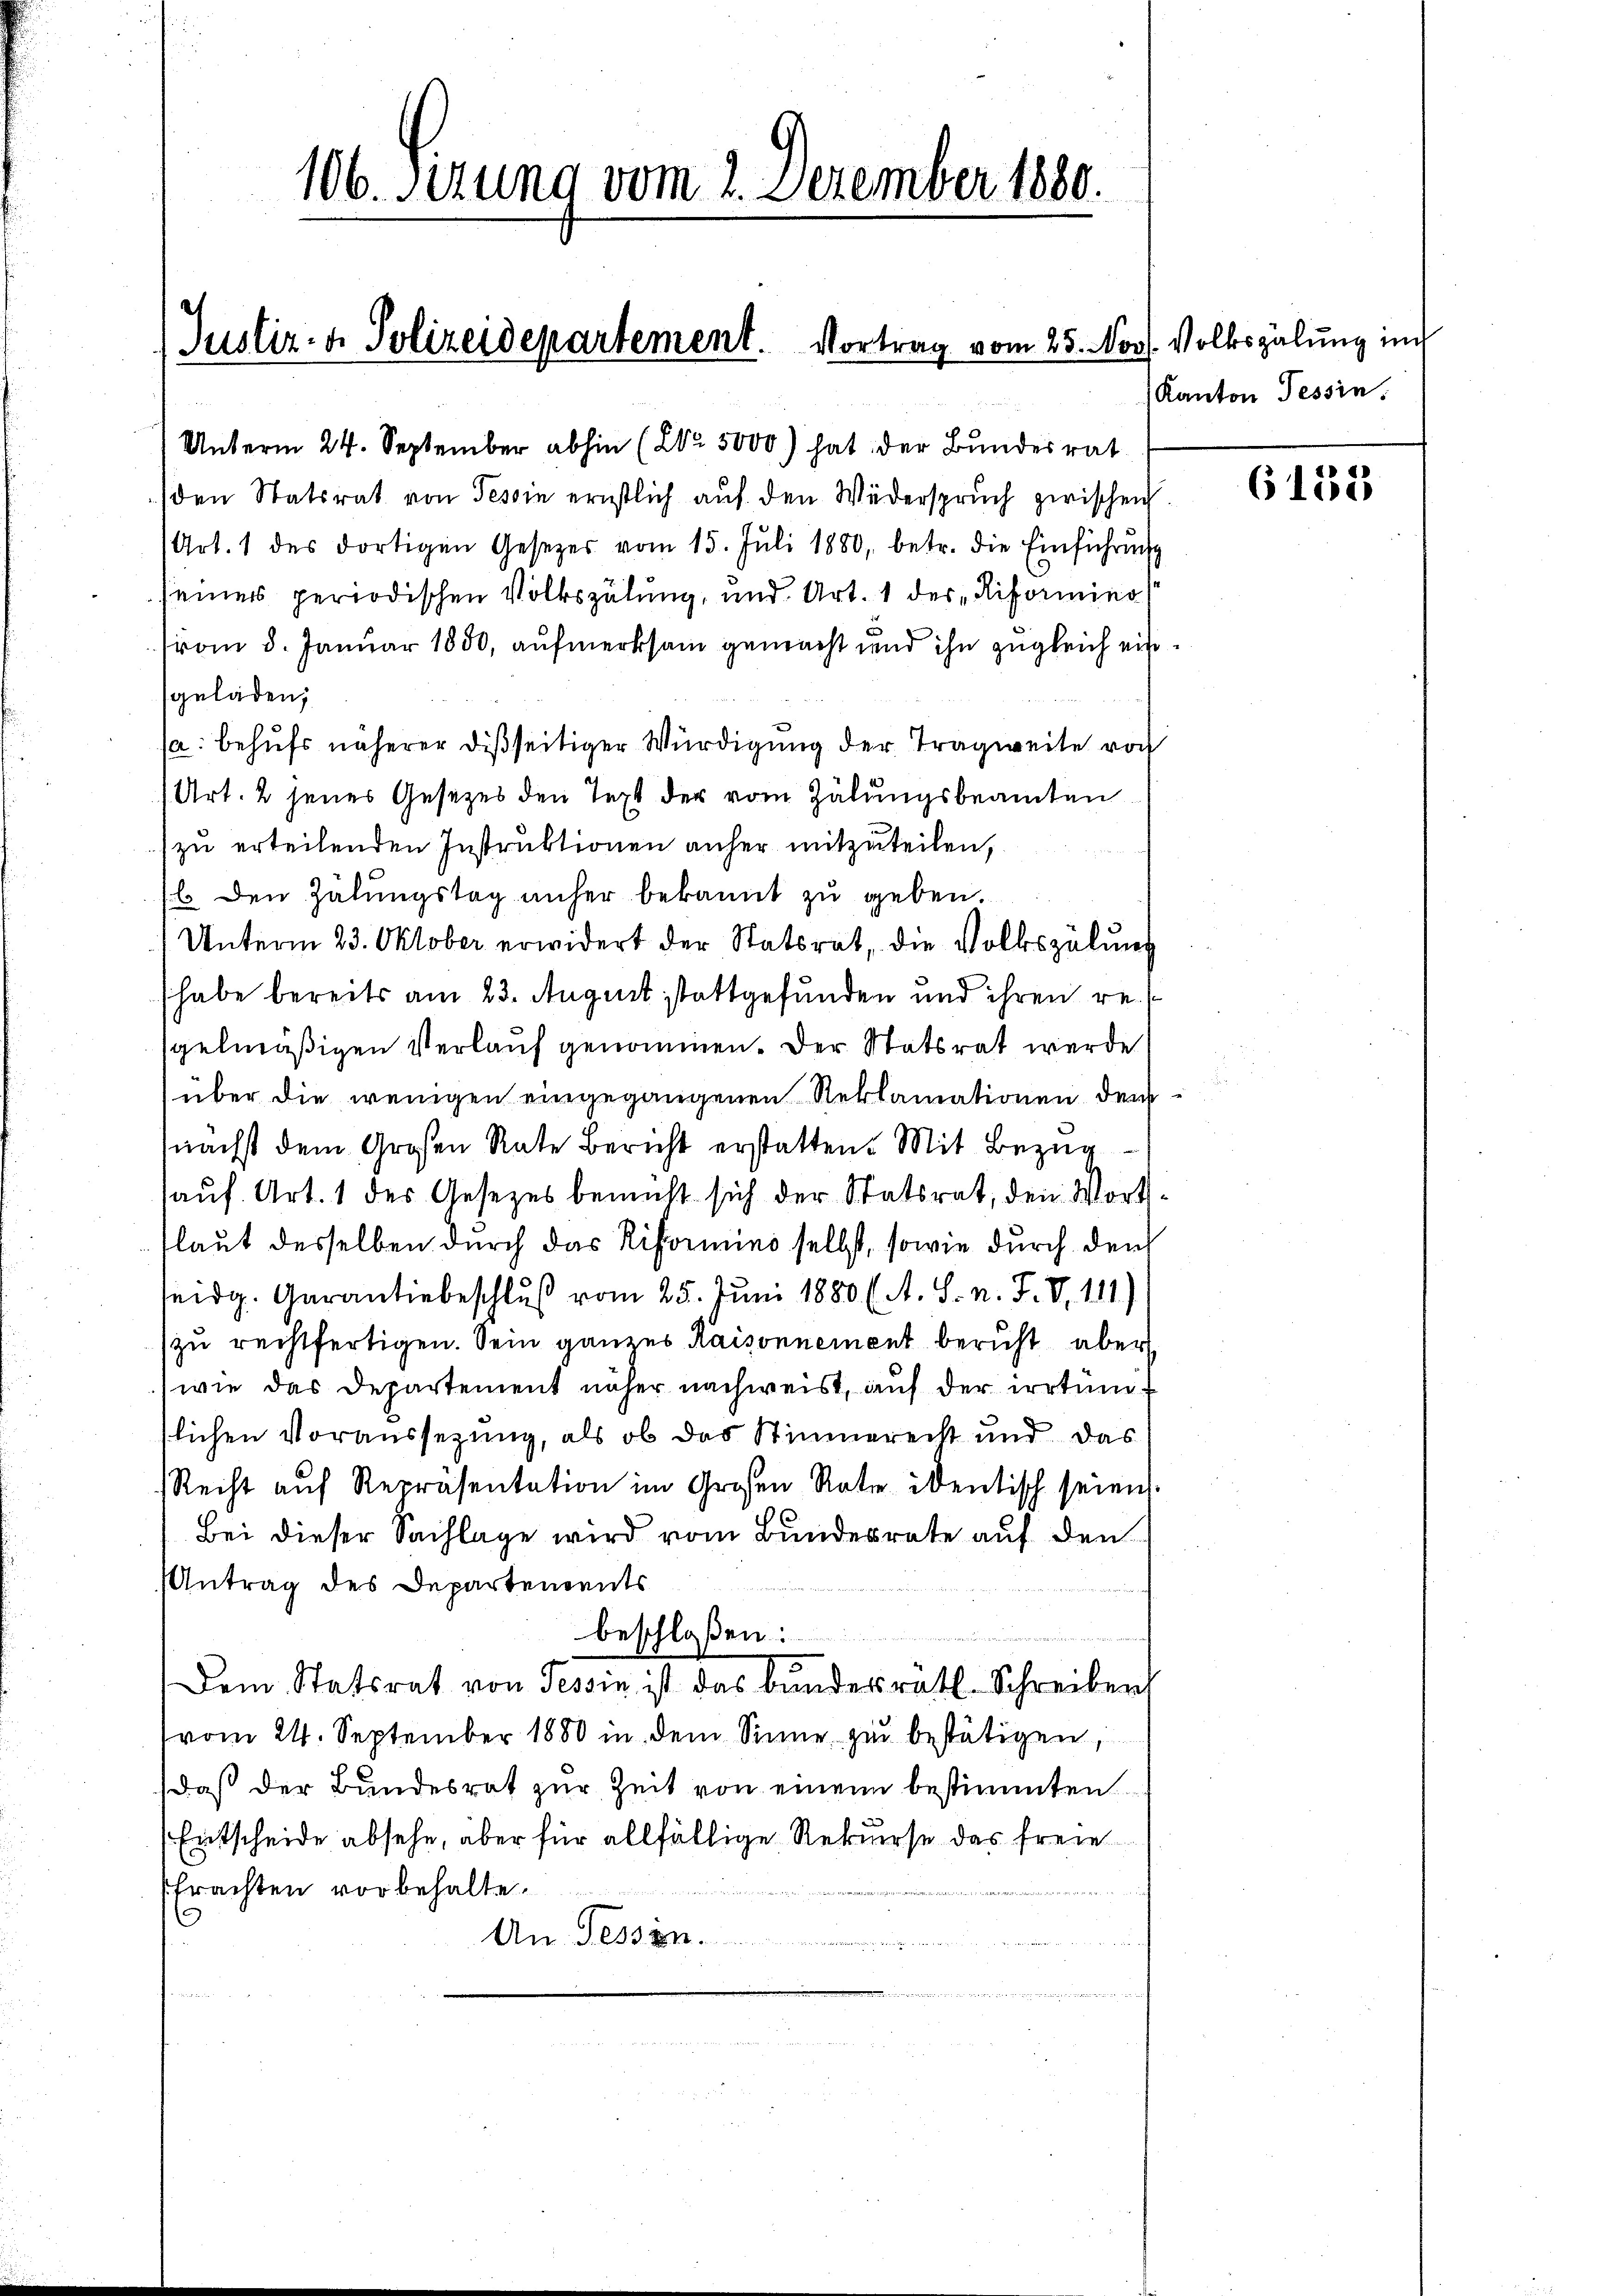
106. Sizung vom 2. Dezember 1880.

Unterm 24. September abhin (202. 5000) hat der Bundesrat
den Statsrat von Tessin ernstlich auf den Widerspruch zwischen
(Art. 1 des dortigen Gesetzer vom 15. Jŭli 1880, betr. die Einführung
seiner periodischen Volkszähung, und Art. 1 des „Riformino
from 8. Januar 1850, aufmerksam gemacht und ihn zugleich ein
sgeladen;
(a. behufs näherer disseitiger Würdigung der Tragweite von
Art. 2 jenes Gesetzes den Text der vom Zälungsbeamten
zu erteilenden Instruktionen anher mitzuteilen,
l. den Zähungstag unser bekannt zu geben.
Unterm 23. Oktober erwidert der Statsrat, die Volkszählung
habe bereits am 23. August stattgefunden und ihren re
gelmäßigen Verlauf genommen. Der Statsrat werde
über die wenigen eingegangenen Reklamationen dem
nächst dem Großen Rate Bericht erstatten. Mit Bezug
auf. Art. 1 des Gesetzes bemüht sich der Statsrat, den Wortlaut desselben durch das Riformino selbst, sowie durch den
seidg. Garantiebeschluß vom 25. Juni 1880 (A. S. n. F. V. 111)
zu rechtfertigen. Sein ganzes Kaisonnement beruht aber
wie das Departement näher nachweist, auf der irrtum f
tlichen Voraussezung, als ob das Stimmerecht und das
Recht aŭf Repräsentation im Großen Rate identisch seien.
Bei dieser Sachlage wird vom Bundesrate auf den
Antrag des Departements
beschloßen:
Dem Statsrat von Tessin ist das Bunderrath Schreiben
vom 24. September 1880 in dem Sinne zu bestätigen,
daß der Bundesrat zur Zeit von einem bestimmten
Entscheide absehe, aber für allfällige Rekurse das freie

Erachten vorbehalte.
2
An Tessin.

Justiz- & Polizeidepartement. Vortrag vom 25. Nov. Volkszählung im

Kanton Tessin,

6153